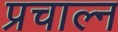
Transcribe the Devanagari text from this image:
प्रचाल्न